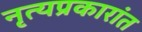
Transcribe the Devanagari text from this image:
नृत्यप्रकारांत